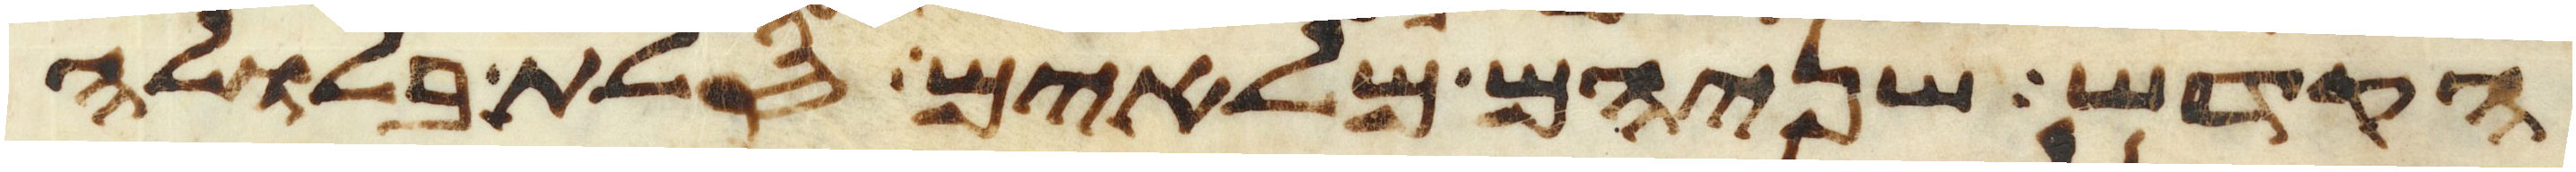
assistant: הקדש שניהם מלאים סלת בלולה